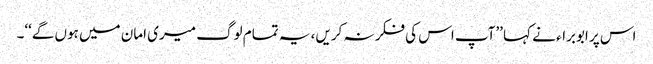
اس پر ابوبراء نے کہا ’’آپ اس کی فکر نہ کریں، یہ تمام لوگ میری امان میں ہوں گے‘‘۔